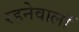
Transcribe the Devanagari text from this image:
रहनेवालॉ